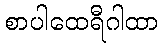
စာပါထေရီဂါထာ